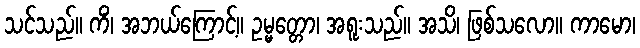
သင်သည်။ ကိံ၊ အဘယ်ကြောင့်။ ဥမ္မတ္တော၊ အရူးသည်။ အသိ၊ ဖြစ်သလော။ ကာမော၊